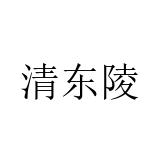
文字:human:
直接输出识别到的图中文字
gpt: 清东陵